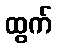
ထွက်